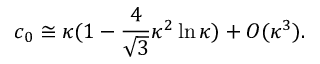
c _ { 0 } \cong \kappa ( 1 - \frac { 4 } { \sqrt { 3 } } \kappa ^ { 2 } \ln \kappa ) + { \cal O } ( \kappa ^ { 3 } ) .